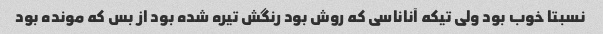
نسبتا خوب بود ولی تیکه آناناسی که روش بود رنگش تیره شده بود از بس که مونده بود